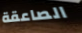
الصاعقة